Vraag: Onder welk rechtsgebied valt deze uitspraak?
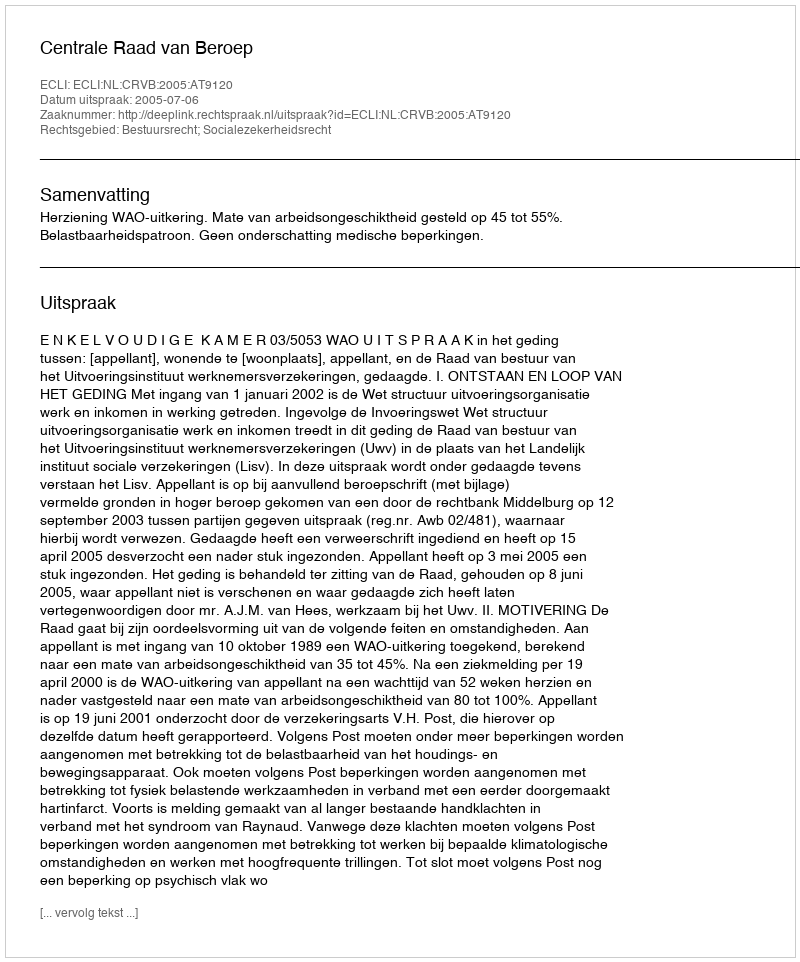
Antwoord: Bestuursrecht; Socialezekerheidsrecht